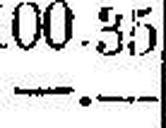
—.—